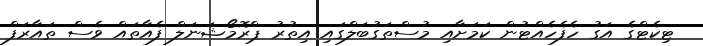
ޓިކެޓްގެ އަގު ހެފެހެއްޓުން ކަމަށާއި މުސްތަގުބަލްގައި އިތުރު ޕްރޮމޯޝަނަލް ފެއާތައް ވެސް ތައާރަފް